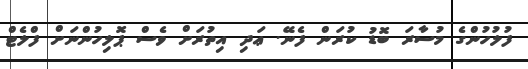
ފުލުހުންގެ މުސާރަ ބޮޑު ކުރަން ފެނޭ. ޢަދި އިތުރަށް ވެސް ޕޮލިހުންނަށް ފްލެޓް